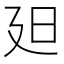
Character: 𣅄